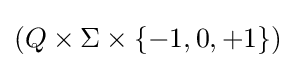
\left(Q\times \Sigma \times \{-1,0,+1\}\right)